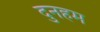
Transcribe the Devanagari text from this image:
दुनहम